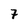
Character: 7